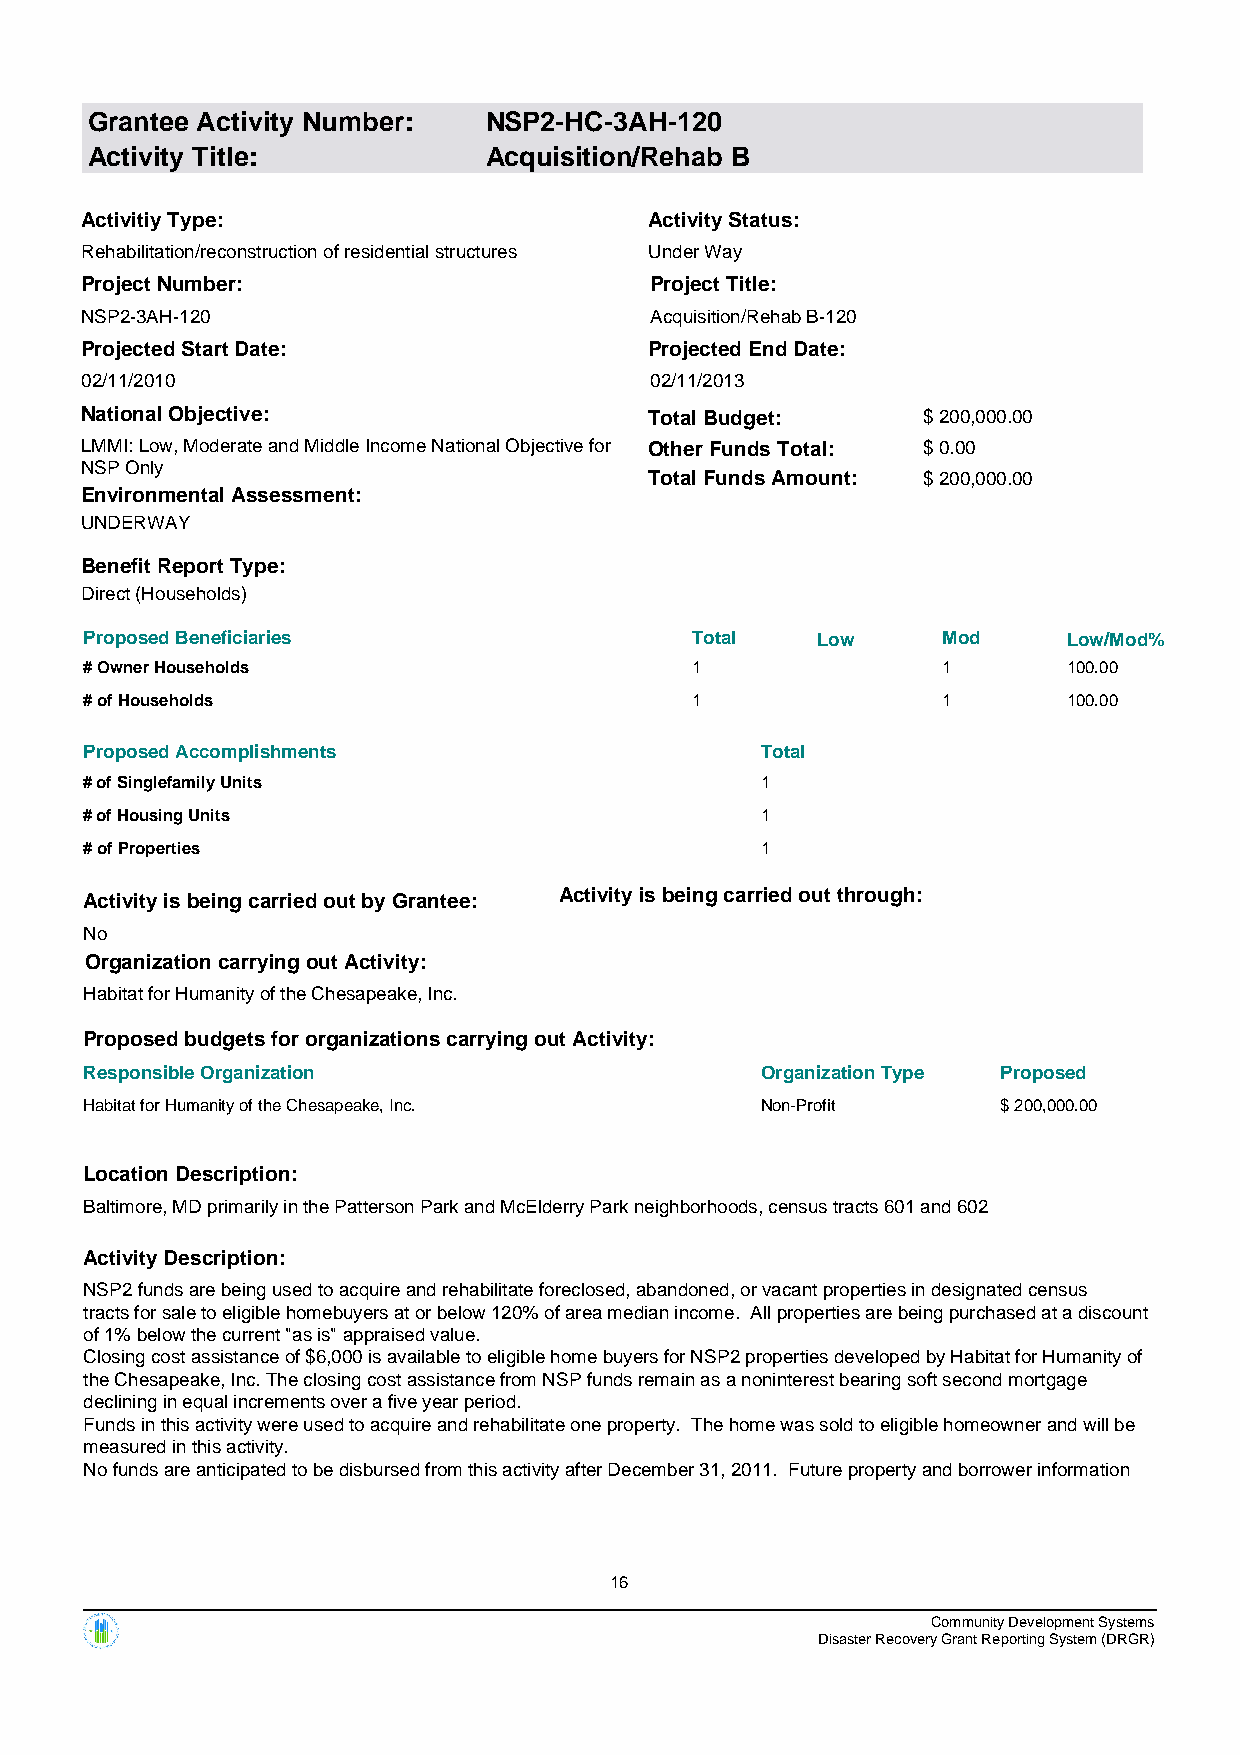
Grantee Activity Number:  NSP2-HC-3AH-120
 Activity Title:           Acquisition/Rehab B
 Activitiy Type:                       Activity Status:
 Rehabilitation/reconstruction of residential structures Under Way
 Project Number:                       Project Title:
 NSP2-3AH-120                          Acquisition/Rehab B-120
 Projected Start Date:                 Projected End Date:
 02/11/2010                            02/11/2013
 National Objective:                   Total Budget:     $ 200,000.00
 LMMI: Low, Moderate and Middle Income National Objective for Other Funds Total: $ 0.00
 NSP Only
 Total Funds Amount: $ 200,000.00
 Environmental Assessment:
 UNDERWAY
 Benefit Report Type:
 Direct (Households)
 Proposed Beneficiaries                  Total   Low     Mod      Low/Mod%
 # Owner Households                      1               1        100.00
 # of Households                         1               1        100.00
 Proposed Accomplishments                    Total
 # of Singlefamily Units                     1
 # of Housing Units                          1
 # of Properties                             1
 Activity is being carried out by Grantee: Activity is being carried out through:
 No
 Organization carrying out Activity:
 Habitat for Humanity of the Chesapeake, Inc.
 Proposed budgets for organizations carrying out Activity:
 Responsible Organization                    Organization Type Proposed
 Habitat for Humanity of the Chesapeake, Inc. Non-Profit     $ 200,000.00
 Location Description:
 Baltimore, MD primarily in the Patterson Park and McElderry Park neighborhoods, census tracts 601 and 602
 Activity Description:
 NSP2 funds are being used to acquire and rehabilitate foreclosed, abandoned, or vacant properties in designated census
 tracts for sale to eligible homebuyers at or below 120% of area median income. All properties are being purchased at a discount
 of 1% below the current "as is" appraised value.
 Closing cost assistance of $6,000 is available to eligible home buyers for NSP2 properties developed by Habitat for Humanity of
 the Chesapeake, Inc. The closing cost assistance from NSP funds remain as a noninterest bearing soft second mortgage
 declining in equal increments over a five year period.
 Funds in this activity were used to acquire and rehabilitate one property. The home was sold to eligible homeowner and will be
 measured in this activity.
 No funds are anticipated to be disbursed from this activity after December 31, 2011. Future property and borrower information
 16
 Community Development Systems
 Disaster Recovery Grant Reporting System (DRGR)